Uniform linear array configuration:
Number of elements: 12
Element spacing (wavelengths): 0.5
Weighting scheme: hamming
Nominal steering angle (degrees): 30
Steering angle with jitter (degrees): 29.921
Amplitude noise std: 0.05
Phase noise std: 0.05

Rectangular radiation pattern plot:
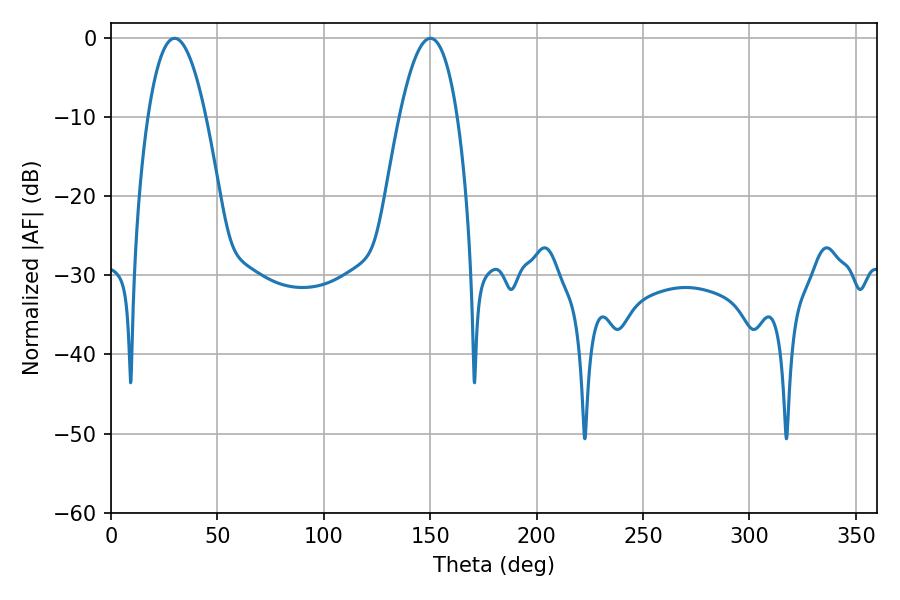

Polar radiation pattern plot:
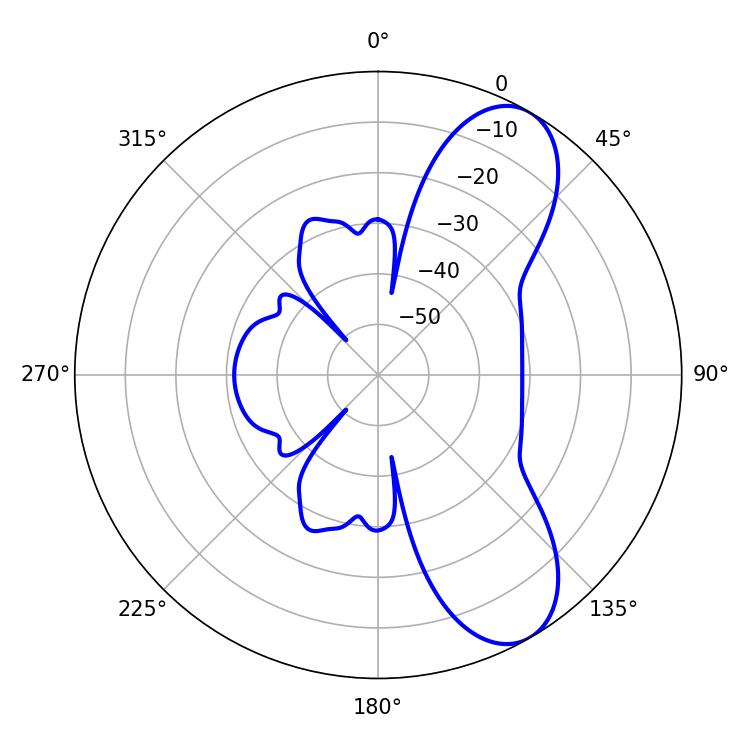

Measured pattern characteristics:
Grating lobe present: FALSE
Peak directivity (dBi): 8.477
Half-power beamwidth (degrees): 15.12
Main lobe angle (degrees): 29.88